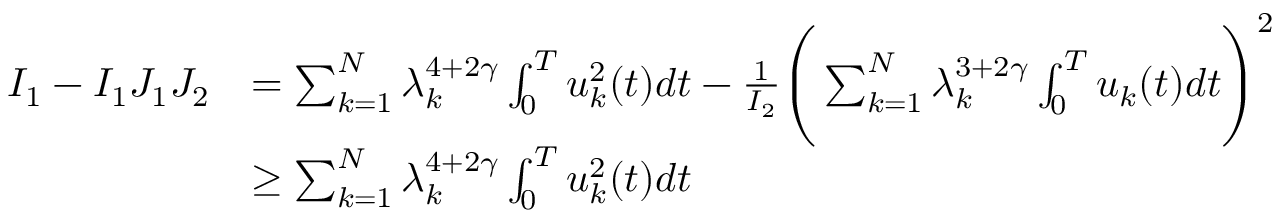
\begin{array} { r l } { I _ { 1 } - I _ { 1 } J _ { 1 } J _ { 2 } } & { = \sum _ { k = 1 } ^ { N } \lambda _ { k } ^ { 4 + 2 \gamma } \int _ { 0 } ^ { T } u _ { k } ^ { 2 } ( t ) d t - \frac { 1 } { I _ { 2 } } \Bigg ( \sum _ { k = 1 } ^ { N } \lambda _ { k } ^ { 3 + 2 \gamma } \int _ { 0 } ^ { T } u _ { k } ( t ) d t \Bigg ) ^ { 2 } } \\ & { \ge \sum _ { k = 1 } ^ { N } \lambda _ { k } ^ { 4 + 2 \gamma } \int _ { 0 } ^ { T } u _ { k } ^ { 2 } ( t ) d t } \end{array}